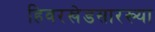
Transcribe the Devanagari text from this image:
हिवरखेडसारख्या